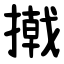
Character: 撠